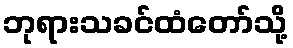
ဘုရားသခင်ထံတော်သို့